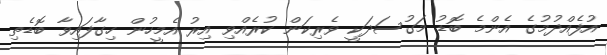
އުފެއްދުމުގެ އެންމެ ބޮޑު މަގުސަދަކީ ވެރިކަން ކުރެއްވި އިރު އެމީހުން ހިގާފައިވާ ބޮޑެތި